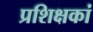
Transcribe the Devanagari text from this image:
प्रशिक्षकां